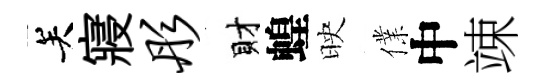
关寢彤財蝗映㒒中竦